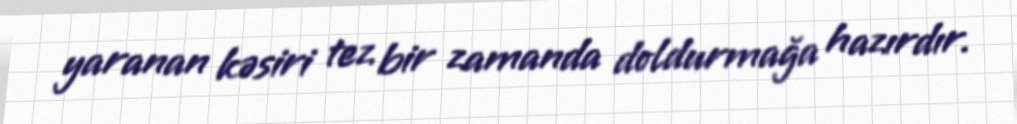
yaranan kəsiri tez bir zamanda doldurmağa hazırdır.